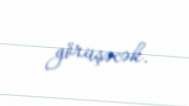
görüşəcək.